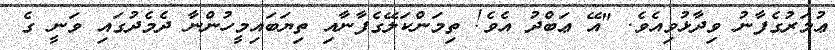
ޢުމަރުގެފާނު ވިދާޅުވިއެވެ. "އޭ ޢަބްދު އެވެ! ތިމަންކަލޭގެފާނާއި ތިޔަބައިމީހުންނާ ދެމެދުގައި ވަނީ ގެ